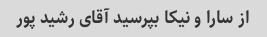
از سارا و نیکا بپرسید آقای رشید پور